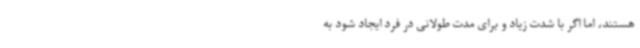
هستند، اما اگر با شدت زیاد و برای مدت طولانی در فرد ایجاد شود به